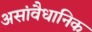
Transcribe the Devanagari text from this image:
असांवैधानिक